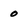
Character: 0